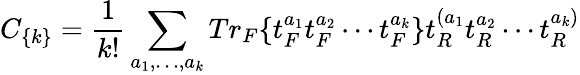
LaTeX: C_{\{ k\} }={\frac{1}{k!}}\sum_{a_{1},\dots,a_{k}}Tr_{F}\{ t_{F}^{a_{1}}t_{F}^{a_{2}}\cdots t_{F}^{a_{k}}\} t_{R}^{(a_{1}}t_{R}^{a_{2}}\cdots t_{R}^{a_{k})}